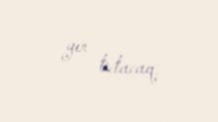
yer tutacaq.